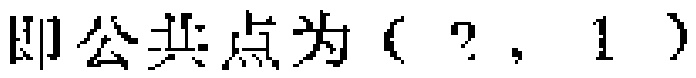
即公共点为（?, 1 ）